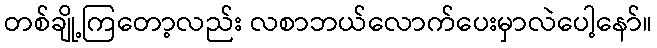
တစ်ချို့ကြတော့လည်း လစာဘယ်လောက်ပေးမှာလဲပေါ့နော်။